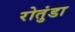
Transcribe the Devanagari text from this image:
रोतुंडा